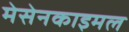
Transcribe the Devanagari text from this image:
मेसेनकाइमल